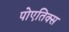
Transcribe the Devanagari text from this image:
पोएतिक्स